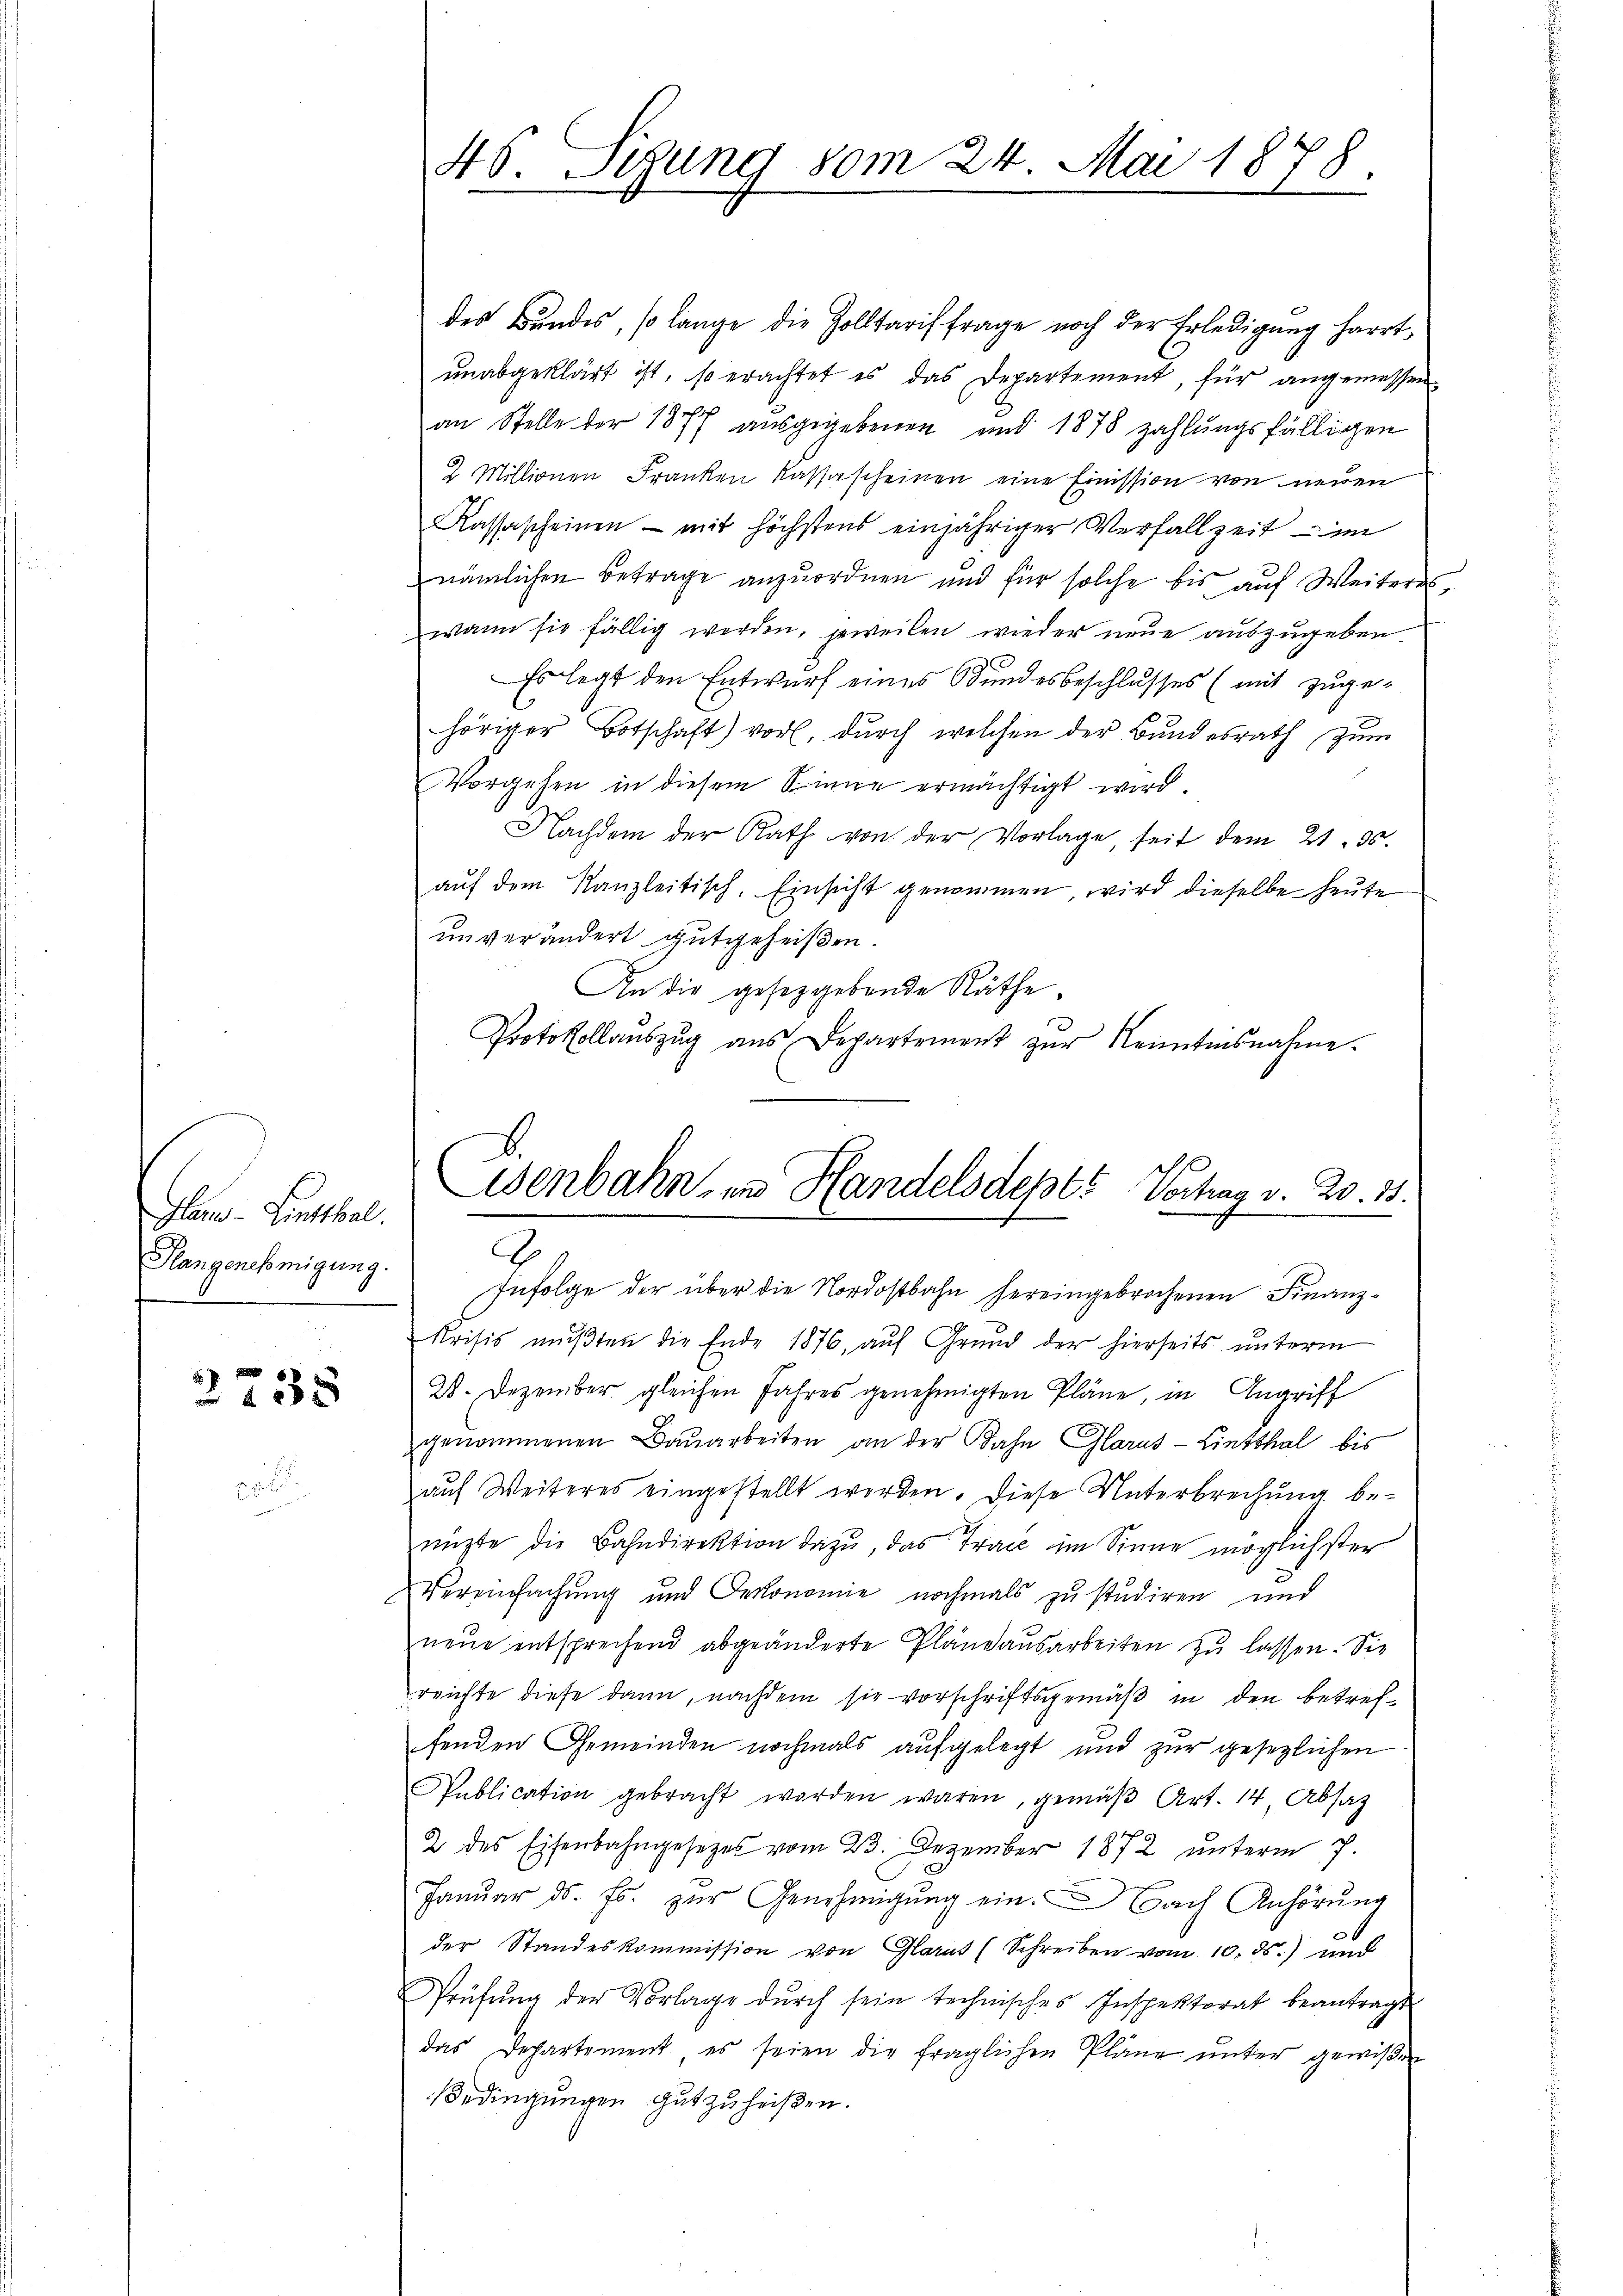
Gla-Linthal.
Rangenehmigung.

3735

48. Setzung vom 24. Mai 1878
.

des Bundes, so lange die Zolltarif frage noch der Erledigung harrt,
unabgeklärt ist, so erachtet es das Departement, für angemessen
an Stelle der 1877 aŭsgegebenen und 1878 zahlŭngsfälligen
2 Millionen Franken Kassascheinen eine Emission von neuen
Kassascheinen - mit höchstens einjähriger Verfallzeit – im
nämlichen Betrage anzuordnen und für solche bis auf Weiteres,
wann sie fällig werden, jeweilen wieder neue auszugeben.
Es legt den Entwurf eines Bundesbeschlusses (mit zuge-
höriger Botschaft) vor, durch welchen der Bundesrath zum
Vorgehen in diesem Sinne ermächtigt wird.
Nachdem der Rath von der Vorlage, seit dem 21. ds.
auf dem Kanzleitisch. Einsicht genommen, wird dieselbe heute
unverändert gutgeheißen.
An die gesetzgebende Räthe.
Protokollaŭszŭg ans Departement zŭr Kenntnisnahme.

.
enbahn- und Handelsdept? Vortrag v. 20. 15.
E

Infolge der über die Nordostbahn hereingebrochenen Finanz¬
Krisis mußten die Ende 1876, auf Grund der hierseits unterm
28. Dezember gleichen Jahres genehmigten Pläne, in Angriff
genommenen Baŭarbeiten an der Bahn Glarus-Linthal bis
auf Weiteres eingestellt worden. Diese Unterbrechung benüchte die Bahndirektion dazu, das Trac im Sinne möglichster
Vereinfachung und Oekonomie nochmals zu studiren und
neue entsprechend abgeänderte Pläne ausarbeiten zu lassen. Sie
reichte diese dann, nachdem sie vorschriftsgemäß in den betreffenden Gemeinden nochmals aufgelegt und zur gesezlichen
Publication gebracht worden waren, gemäβ Art. 14 Absatz
2 des Eisenbahngesetzes vom 23. Dezember 1872 unterm 7.
Janŭar ds. fr. zŭr Genehmigŭng ein. Nach Anhörung
e
der Standeskommission von Glarus (Schreiben vom 10. ds.) und
Prüfŭng der Vorlage dŭrch sein technisches Inspektorat beantragt
das Departement es seien die fraglichen Pläne ŭnter gewißen
Bedingungen gut zu heißen.